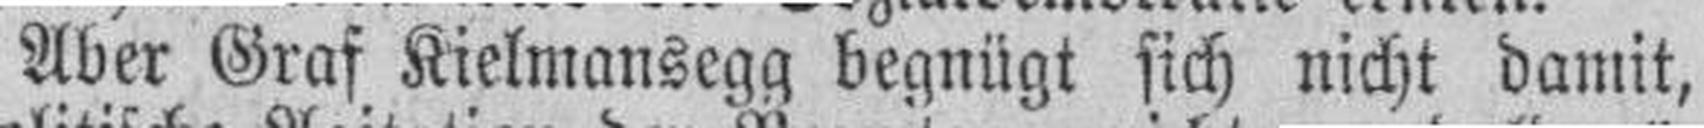
Aber Graf Kielmansegg begnügt sich nicht damit,